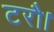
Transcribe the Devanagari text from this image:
टरौ।